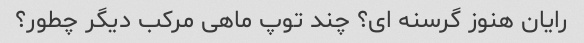
رایان هنوز گرسنه ای؟ چند توپ ماهی مرکب دیگر چطور؟